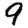
Digit: 9